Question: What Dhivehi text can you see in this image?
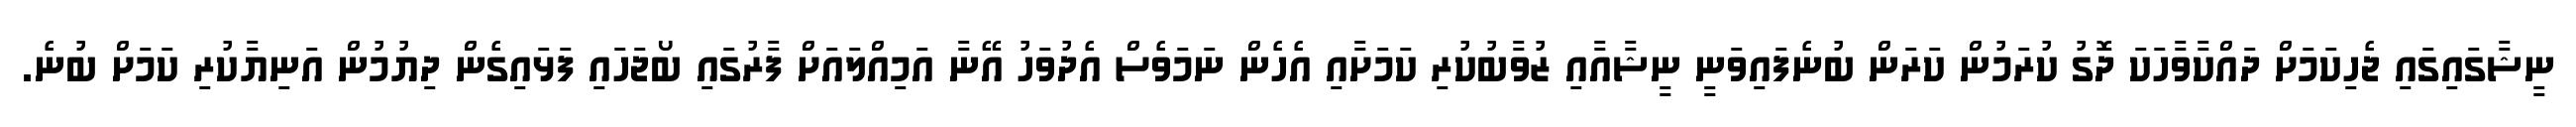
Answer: ނީޝާގައިގައި ޖެހިކަމަށް ދައްކާވާހަކަ ދޮގު ކުރަމުން ކަރަން ބުނެފައިވަނީ ނީޝާއާއި ޒުވާބުކުރި ކަމަށާއި އެހެން ނަމަވެސް އެދުވަހު އޭނާ އަމިއްލައަށް ފާރުގައި ބޯޖަހައި ފަޅައިގެން ދިޔުމުން އަނިޔާކުރި ކަމަށް ބުނެ.